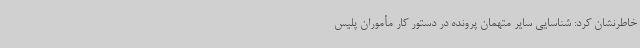
خاطرنشان کرد: شناسایی سایر متهمان پرونده در دستور کار مأموران پلیس